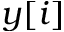
y [ i ]